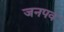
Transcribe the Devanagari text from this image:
जनपव